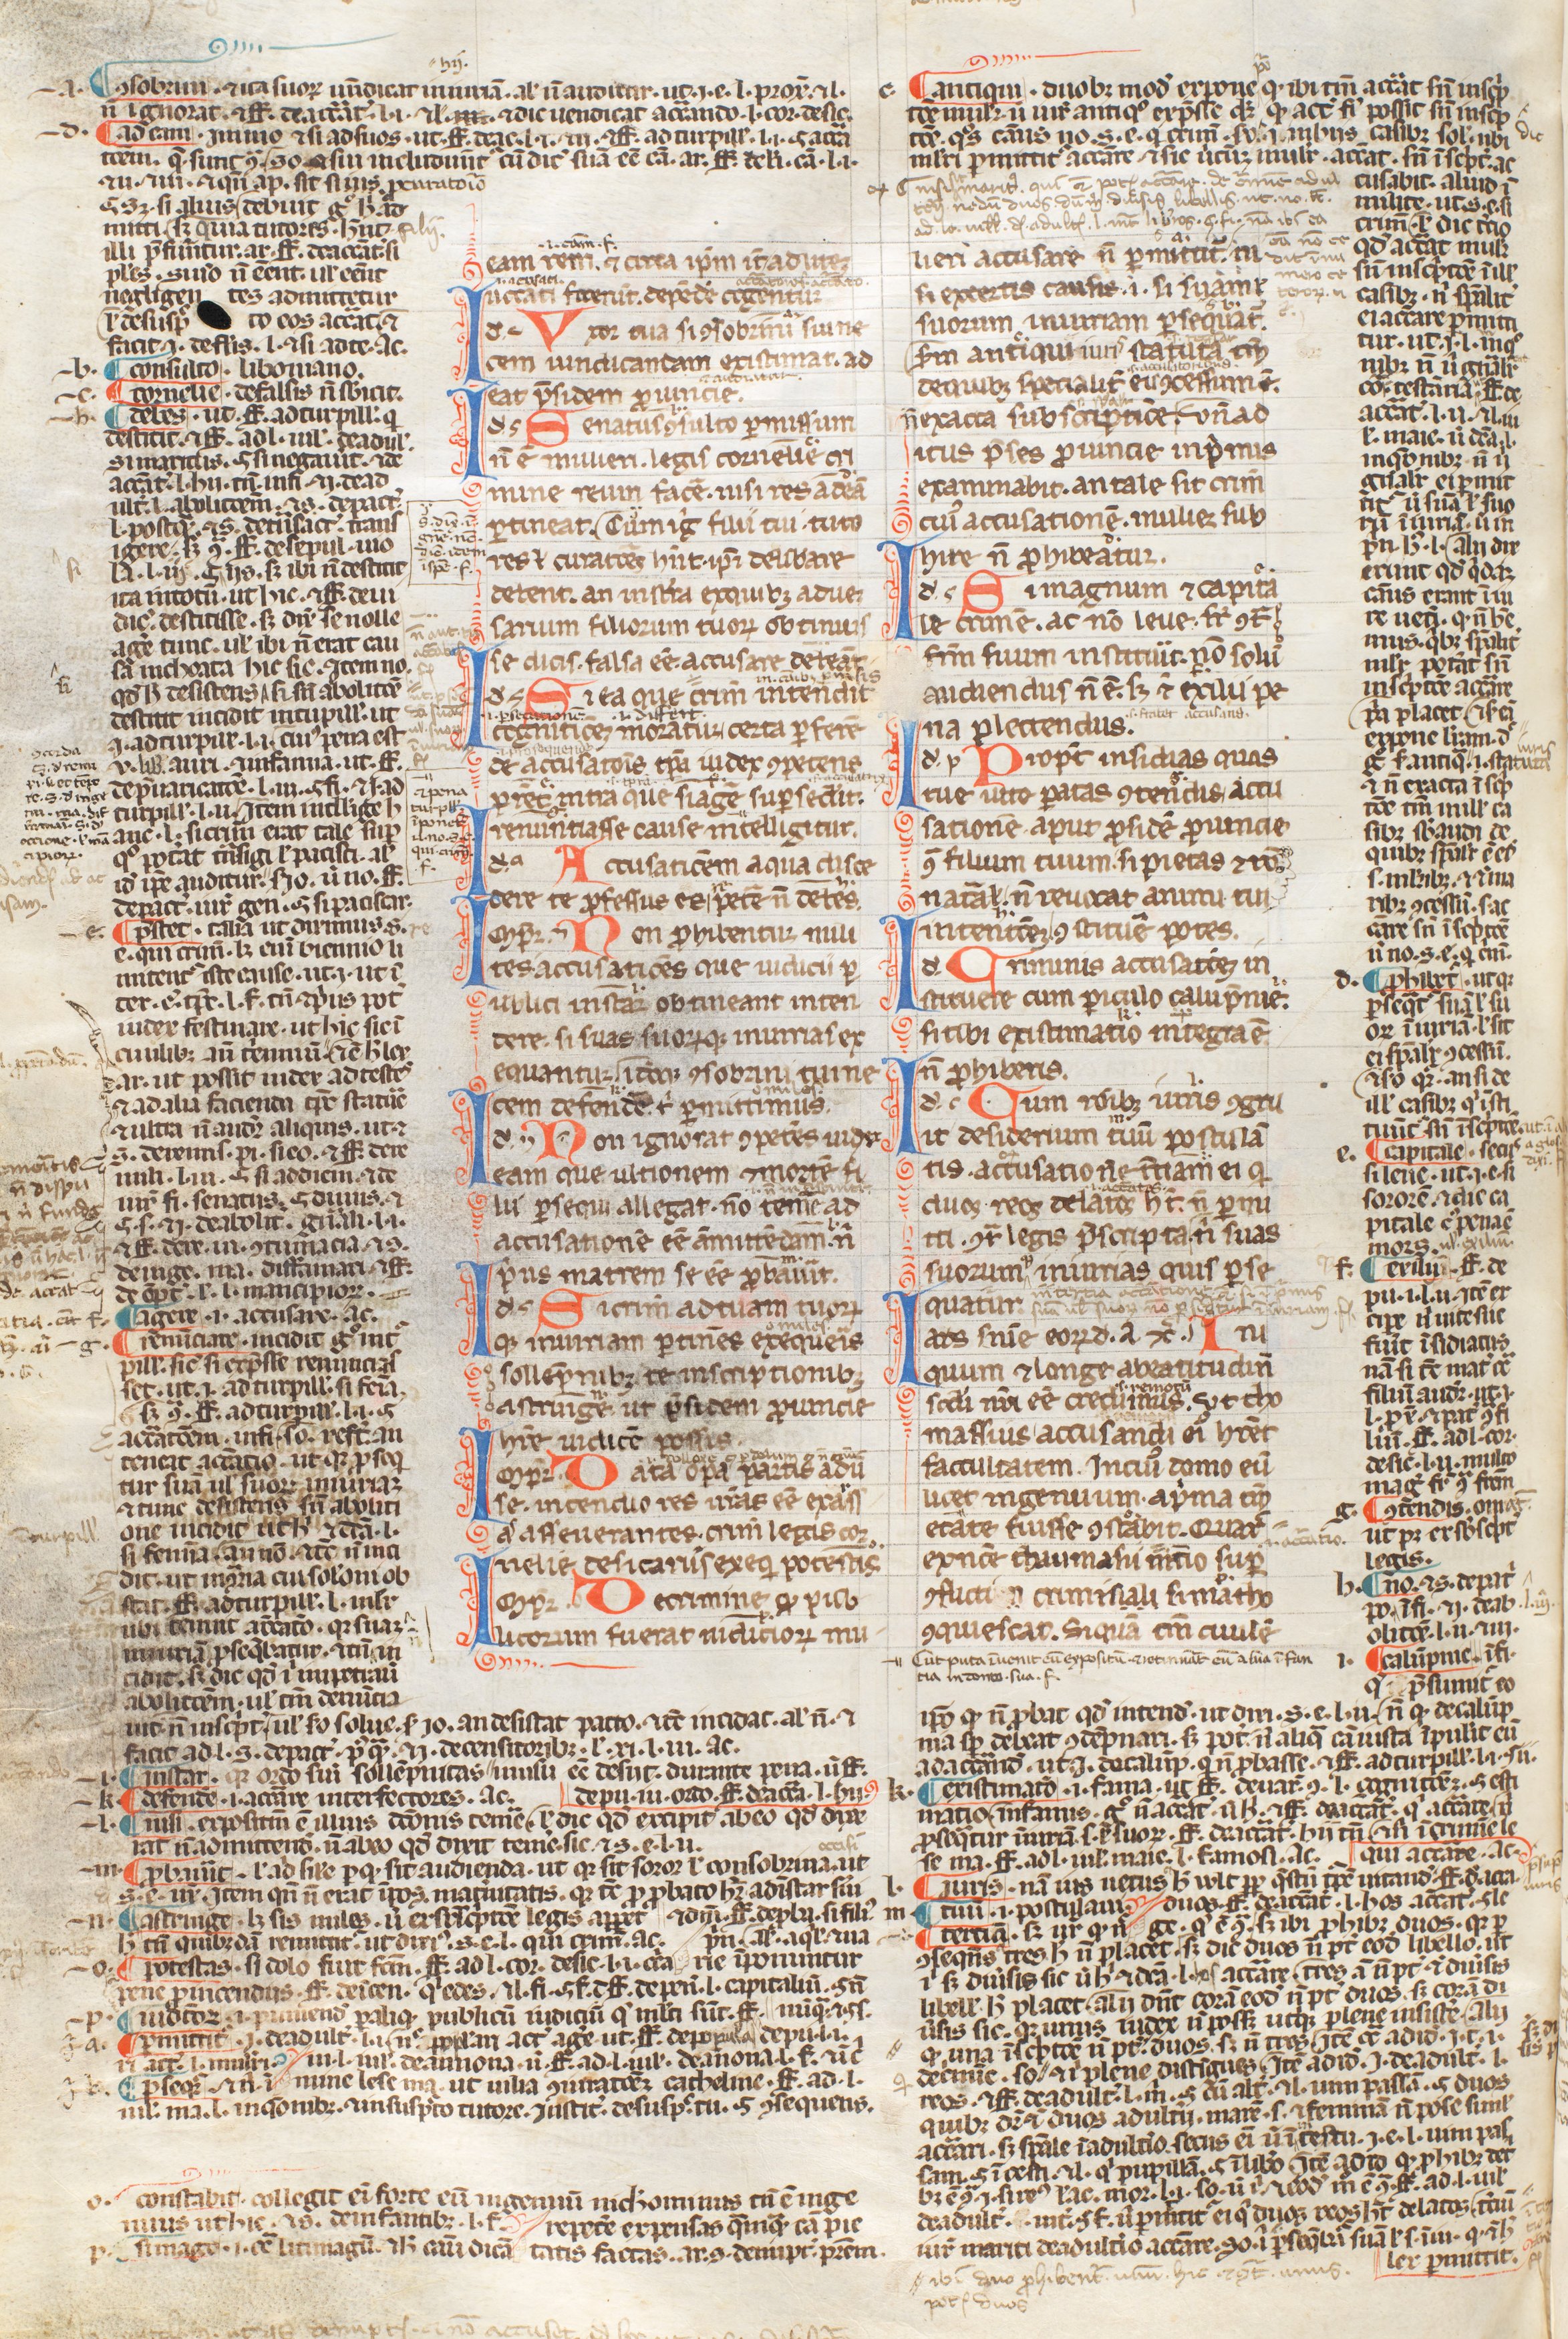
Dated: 1250–1399